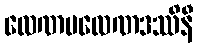
လေဏမလေဏဒဿိနီ